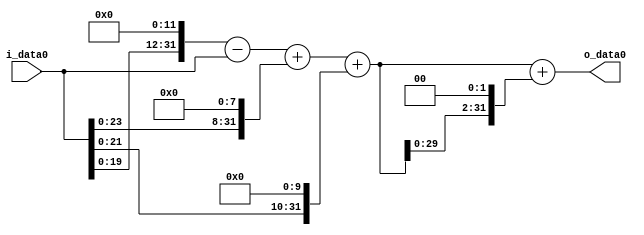
module multiplier_block (
    i_data0,
    o_data0
);

  // Port mode declarations:
  input   [31:0] i_data0;
  output  [31:0]
    o_data0;

  //Multipliers:

  wire [31:0]
    w1,
    w4096,
    w4095,
    w256,
    w4351,
    w1024,
    w5375,
    w21500,
    w26875;

  assign w1 = i_data0;
  assign w1024 = w1 << 10;
  assign w21500 = w5375 << 2;
  assign w256 = w1 << 8;
  assign w26875 = w5375 + w21500;
  assign w4095 = w4096 - w1;
  assign w4096 = w1 << 12;
  assign w4351 = w4095 + w256;
  assign w5375 = w4351 + w1024;

  assign o_data0 = w26875;

  //multiplier_block area estimate = 6246.97929160441;
endmodule